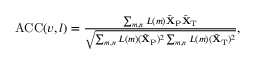
\begin{array} { r } { \operatorname { A C C } ( v , l ) = \frac { \sum _ { m , n } L ( m ) \tilde { \mathbf { X } } _ { \mathrm { P } } \tilde { \mathbf { X } } _ { \mathrm { T } } } { \sqrt { \sum _ { m , n } { L } ( m ) ( \tilde { \mathbf { X } } _ { \mathrm { P } } ) ^ { 2 } \sum _ { m , n } { L } \left( m \right) ( \tilde { \mathbf { X } } _ { \mathrm { T } } ) ^ { 2 } } } , } \end{array}